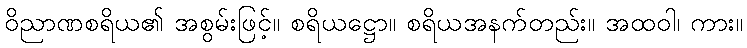
ဝိညာဏစရိယ၏ အစွမ်းဖြင့်။ စရိယဋ္ဌော။ စရိယအနက်တည်း။ အထဝါ၊ ကား။